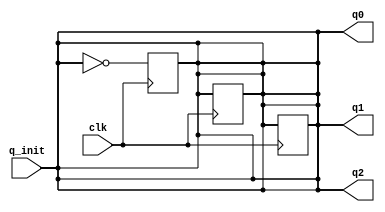
module lianxi01(clk,q_init,q0,q1,q2);
input clk;
input q_init;
output q0,q1,q2;
reg q0,q1,q2;
always@(*)begin
	q0 = q_init;
	q1 = q_init;
	q2 = q_init;
end
always@(posedge clk)begin
	q0 <= ~q2;
	q1 <= q0 ;
	q2 <= q1 ;
end
endmodule